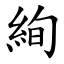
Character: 絢